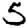
Digit: 5